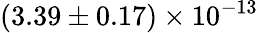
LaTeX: (3.39\pm 0.17)\times 10^{-13}